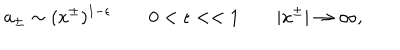
LaTeX: a _ { \pm } \sim ( x ^ { \pm } ) ^ { 1 - \epsilon } \qquad 0 < \epsilon < < 1 \qquad | x ^ { \pm } | \rightarrow \infty ,